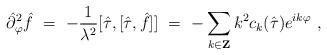
LaTeX: \begin{align*}{\hat\partial}^2_\varphi {\hat f}\ =\ -\frac{1}{\lambda^2} [{\hat\tau},[{\hat\tau} ,{\hat f}]]\ =\ -\sum_{k\in {\bf Z}} k^2 c_k ({\hat \tau})e^{ik\varphi } \ ,\end{align*}